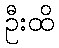
ဦးထိ